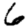
Digit: 6